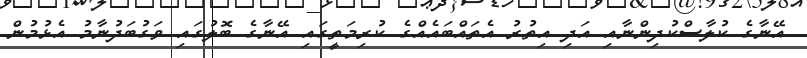
އޭނާގެ ކުލާސްކުދިންނާއި އަދި އިތުރު އެތައްބައެއްގެ ކުރިމަތީގައި އޭނާގެ ބޮލުގައި ވަގުބަދުނާމު އެޅުމުން